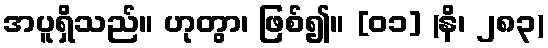
အပူရှိသည်။ ဟုတွာ၊ ဖြစ်၍။ [၀၁] (နိ၊ ၂၈၃)